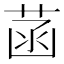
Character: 菡